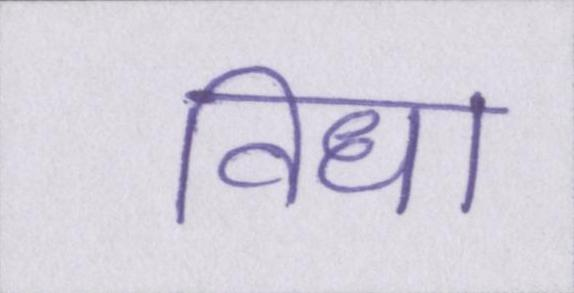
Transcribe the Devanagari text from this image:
विधा